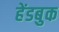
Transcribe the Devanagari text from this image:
हेंडबुक